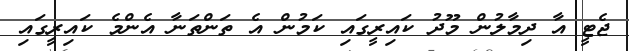
ޖެޓީ އާ ދިމާލުން މޫދު ކައިރީގައި ކަމުން އެ ތަންތަނާ އެންމެ ކައިރީގައި